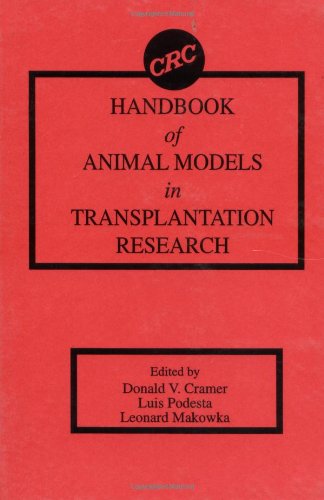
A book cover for Handbook of Animal Models in Transplantation Research; Donald V. Cramer; Medical Books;